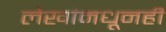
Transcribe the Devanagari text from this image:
लेखांमधूनही